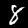
Digit: 8